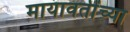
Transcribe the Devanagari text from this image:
मायावतींच्या